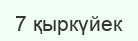
7 қыркүйек